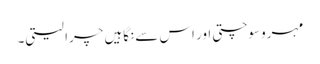
مہرو سوچتی اور اس سے نگاہیں چرا لیتی۔